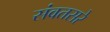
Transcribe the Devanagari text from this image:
संवतसरे